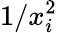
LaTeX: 1/x_{i}^{2}